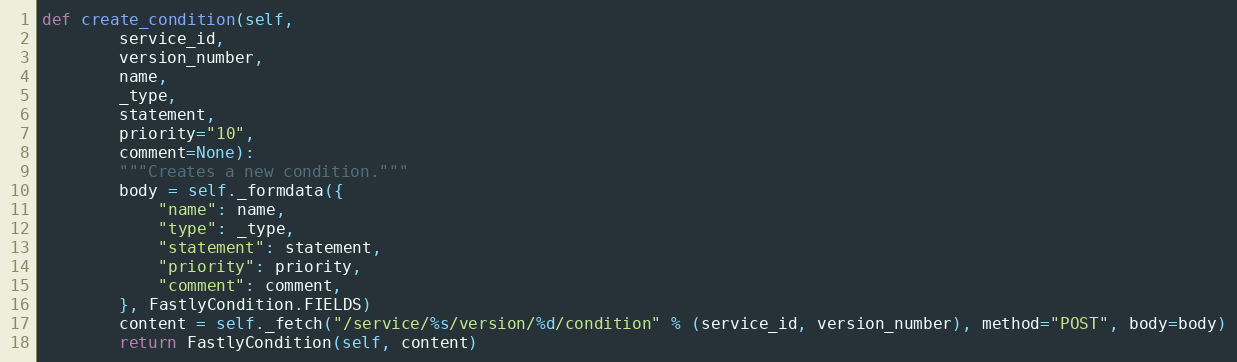
Language: Python
def create_condition(self,
		service_id,
		version_number,
		name,
		_type,
		statement,
		priority="10",
		comment=None):
		"""Creates a new condition."""
		body = self._formdata({
			"name": name,
			"type": _type,
			"statement": statement,
			"priority": priority,
			"comment": comment,
		}, FastlyCondition.FIELDS)
		content = self._fetch("/service/%s/version/%d/condition" % (service_id, version_number), method="POST", body=body)
		return FastlyCondition(self, content)